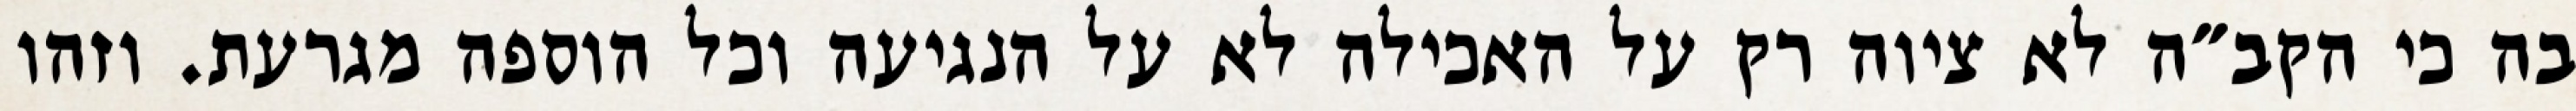
בה כי הקב״ה לא ציוה רק על האכילה לא על הנגיעה וכל הוספה מגרעת. וזהו